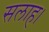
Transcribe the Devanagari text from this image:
सलाह।